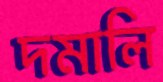
দমালি